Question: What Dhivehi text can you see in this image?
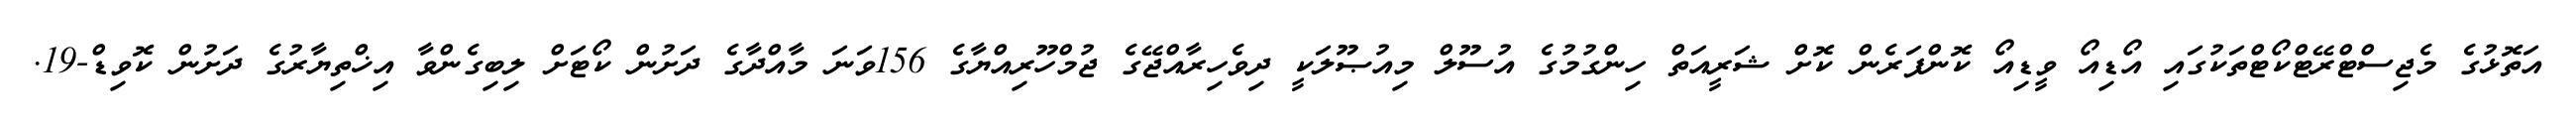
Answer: އަތޮޅުގެ މެޖިސްޓްރޭޓްކޯޓްތަކުގައި އޯޑިއޯ ވީޑިއޯ ކޮންފަރެން ކޮށް ޝަރީއަތް ހިންގުމުގެ އުސޫލް މިއުޞޫލަކީ ދިވެހިރާއްޖޭގެ ޖުމްހޫރިއްޔާގެ 156ވަނަ މާއްދާގެ ދަށުން ކޯޓަށް ލިބިގެންވާ އިޚްތިޔާރުގެ ދަށުން ކޮވިޑް-19.